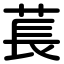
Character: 萇